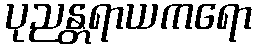
ပုညန္တရာယကရော